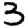
Digit: 3